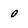
Character: 0